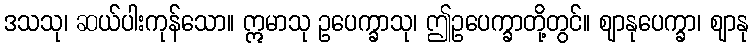
ဒသသု၊ ဆယ်ပါးကုန်သော။ ဣမာသု ဥပေက္ခာသု၊ ဤဥပေက္ခာတို့တွင်။ ဈာနုပေက္ခာ၊ ဈာနု